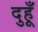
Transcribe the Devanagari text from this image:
दुहूँ